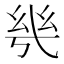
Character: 𭙌